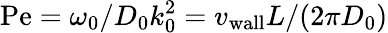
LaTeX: \mathrm{Pe}=\omega_{0}/D_{0}k_{0}^{2}=v_{\mathrm{wall}}L/(2\pi D_{0})